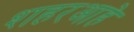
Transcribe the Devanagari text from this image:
शहरआहे